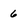
Character: 6